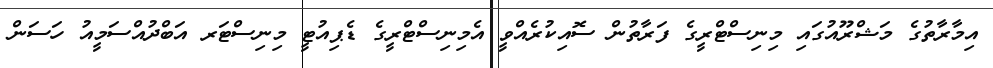
އިމާރާތުގެ މަޝްރޫއުގައި މިނިސްޓްރީގެ ފަރާތުން ސޮއިކުރެއްވީ އެމިނިސްޓްރީގެ ޑެޕިއުޓީ މިނިސްޓަރ އަބްދުއްސަމީއު ހަސަން